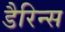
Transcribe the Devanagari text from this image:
डैरिन्स